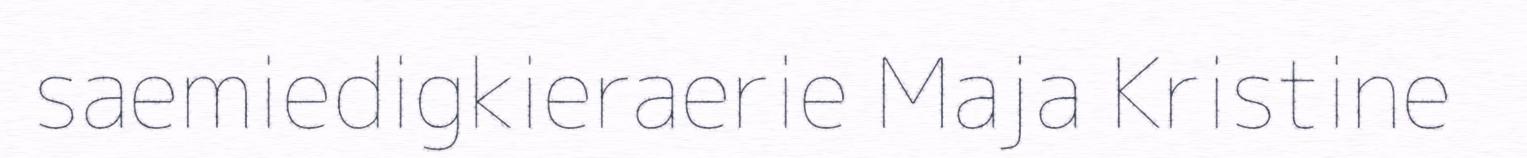
saemiedigkieraerie Maja Kristine